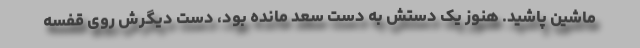
ماشین پاشید. هنوز یک دستش به دست سعد مانده بود، دست دیگرش روی قفسه